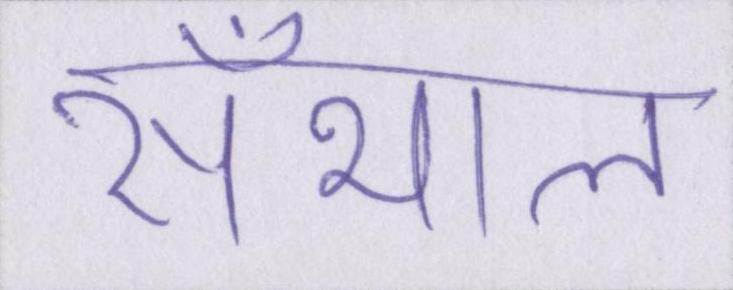
सँभाल